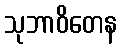
သုဘာဝိတေန